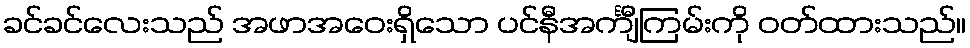
ခင်ခင်လေးသည် အဖာအဝေးရှိသော ပင်နီအင်္ကျီကြမ်းကို ဝတ်ထားသည်။